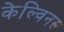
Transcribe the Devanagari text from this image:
केल्विनस